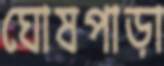
ঘোষপাড়া